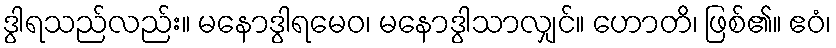
ဒွါရသည်လည်း။ မနောဒွါရမေဝ၊ မနောဒွါသာလျှင်။ ဟောတိ၊ ဖြစ်၏။ ဧဝံ၊